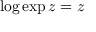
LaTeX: \log \exp z = z